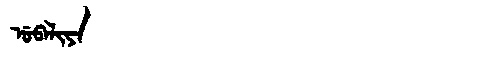
Manchu: ᡠᠪᠠᠯᡳᠶᠠ
Romanization: UBALIYA